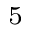
^ { 5 }